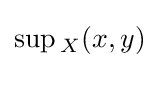
\sup _{}{}_{X}(x,y)